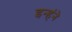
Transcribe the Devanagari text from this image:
इन्हंने